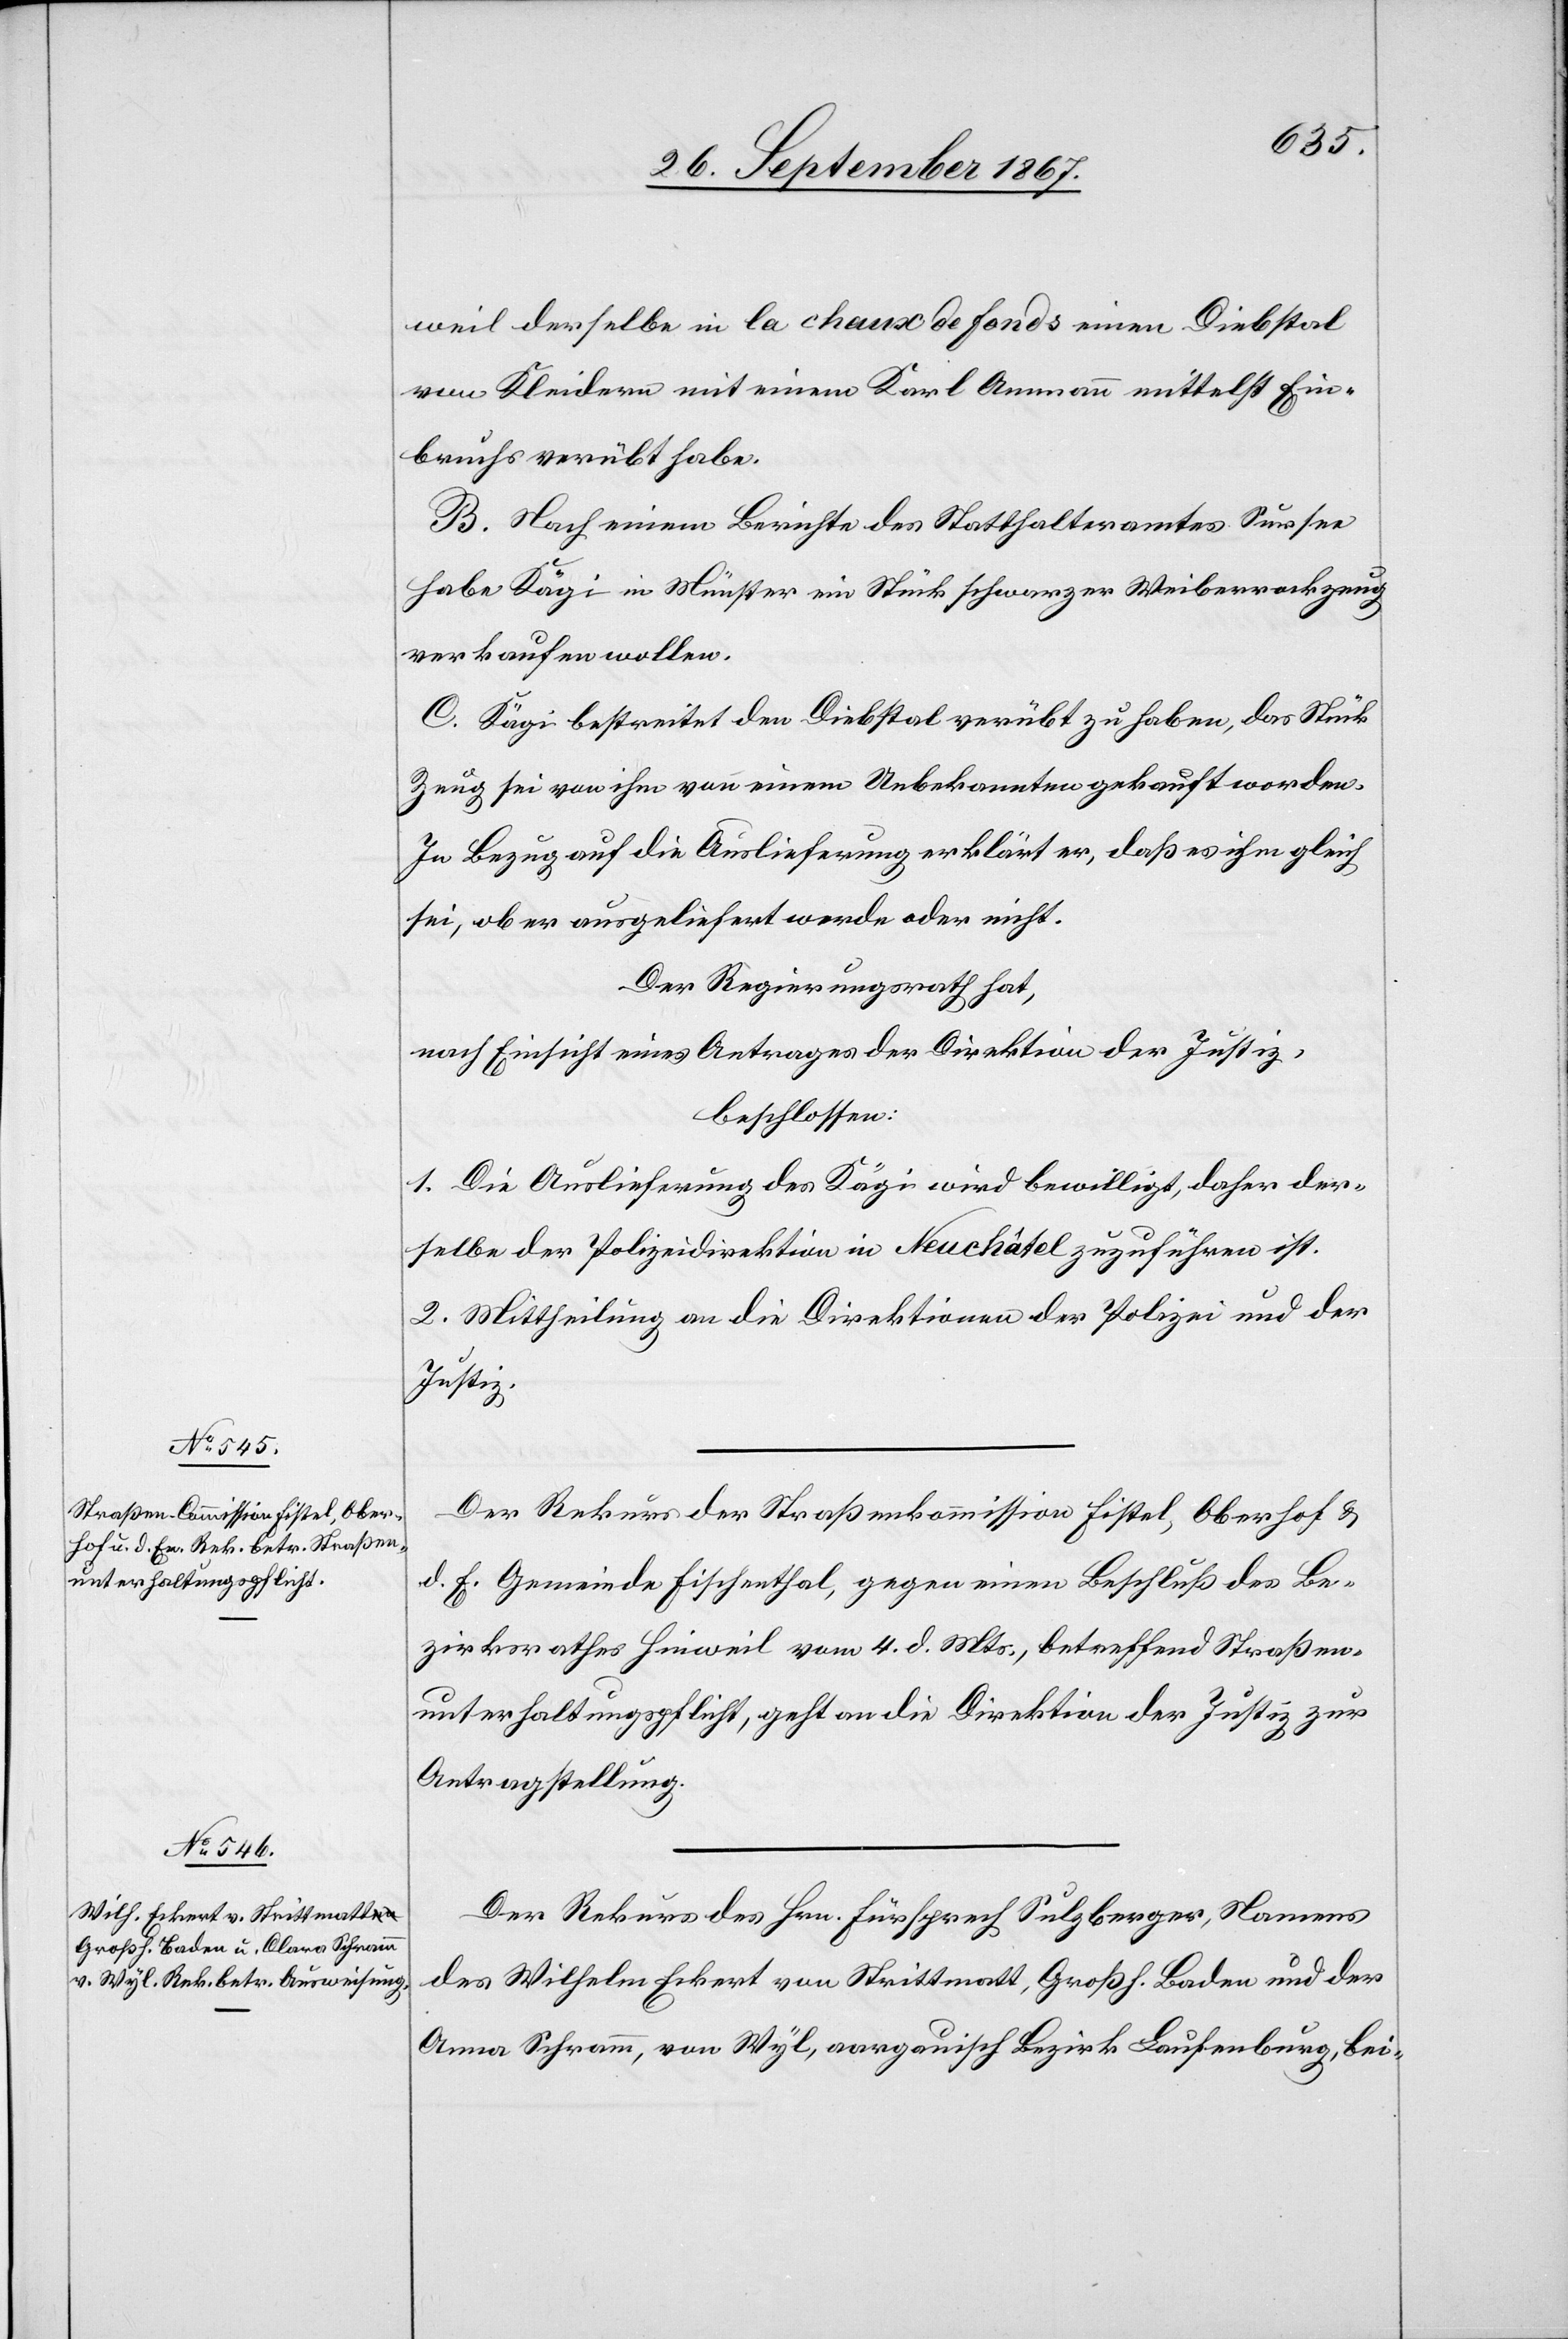
27. September 1867.]
weil derselbe in la chaux de fonds einen Diebstal
von Kleidern mit einem Karl Ammann mittelst Ein¬
bruchs verübt habe.
B. Nach einem Berichte des Statthalteramtes Sursee
habe Kägi in Münster ein Stück schwarzer Weiberreckzeug
verkaufen wollen.
C. Kägi bestreitet den Diebstal verübt zu haben, das Stück
Zeug sei von ihm von einem Unbekannten gekauft worden.
In Bezug auf die Auslieferung erklärt er, daß es ihm gleich
sei, ob er ausgeliefert werde oder nicht.
Der Regierungsrath hat,
nach Einsicht eines Antrages der Direktion der Justiz,
beschlossen:
1. Die Auslieferung des Kägi wird bewilligt, daher der¬
selbe der Polizeidirektion in Neuchâtel zuzuführen ist.
2. Mittheilung an die Direktionen der Polizei und der
Justiz.
Der Rekurs der Straßenkommission Fistel, Oberhof u.
d. E. Gemeinde Fischenthal, gegen einen Beschluß des Be¬
zirksrathes Hinweil vom 4. d. Mts., betreffend Straßen¬
unterhaltungspflicht, geht an die Direktion der Justiz zur
Antragstellung.
Der Rekurs des Hrn. Fürsprech Sulzberger, Namens
des Wilhelm Eckert von Strittmatt, Großh. Baden und der
Anna Schramm, von Wyl, aargauisch Bezirk Laufenburg, bei-